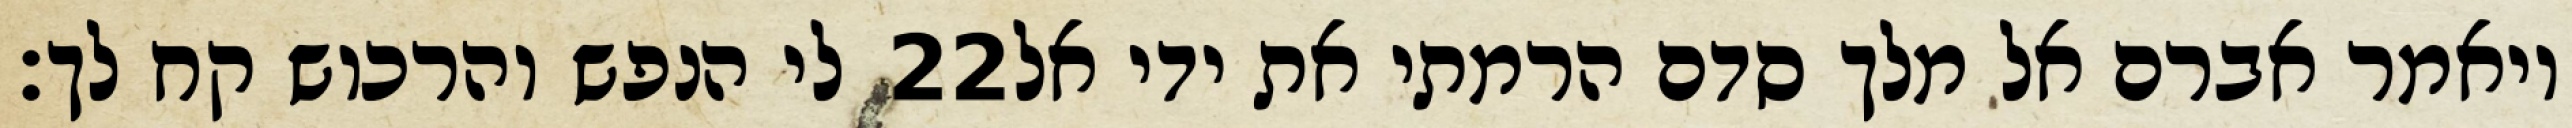
לי הנפש והרכוש קח לך׃ ‎22‏ ויאמר אברם אל מלך סדם הרמתי את ידי אל